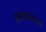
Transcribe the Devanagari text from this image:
रक्तस्राववाले